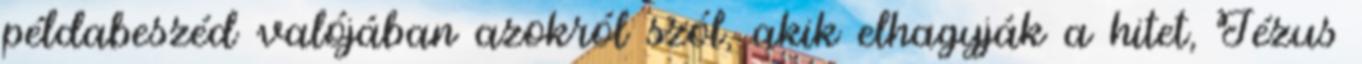
példabeszéd valójában azokról szól, akik elhagyják a hitet, Jézus